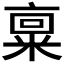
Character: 𫡿